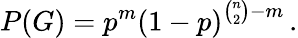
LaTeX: P(G)=p^{m}\left(1-p\right)^{{\binom{n}{2}}-m}\, .